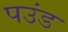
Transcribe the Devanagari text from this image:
पउंड